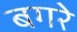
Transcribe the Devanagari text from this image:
बगरे